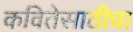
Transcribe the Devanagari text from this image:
कवितेसाठीचा